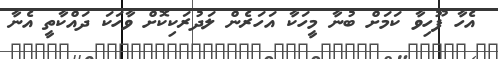
އެހާ ފޫހިވާ ކަމަށް ބުނާ މީހަކާ އަހަރެން ލަދުރަކިކޮށް ވާހަކަ ދައްކާތީ އެނާ